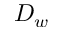
D _ { w }